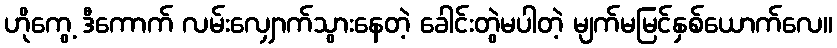
ဟိုကွေ့ ဒီကောက် လမ်းလျှောက်သွားနေတဲ့ ခေါင်းတွဲမပါတဲ့ မျက်မမြင်နှစ်ယောက်လေ။